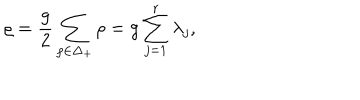
\varrho = { \frac { g } { 2 } } \sum _ { \rho \in { \Delta _ { + } } } \rho = g \sum _ { j = 1 } ^ { r } \lambda _ { j } ,